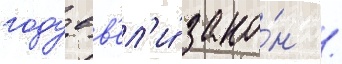
году вв'ел'и́ зако́н /